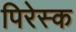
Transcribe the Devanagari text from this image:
पिरेस्क